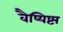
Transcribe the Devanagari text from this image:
वैष्यिष्ट्य